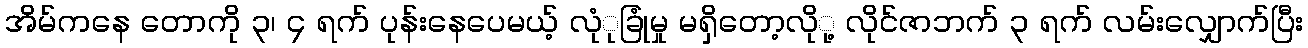
အိမ်ကနေ တောကို ၃၊ ၄ ရက် ပုန်းနေပေမယ့် လုံုခြုံမှု မရှိတော့လိုု့ လိုင်ဇာဘက် ၃ ရက် လမ်းလျှောက်ပြီး